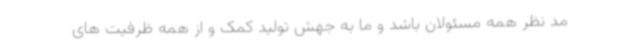
مد نظر همه مسئولان باشد و ما به جهش تولید کمک و از همه ظرفیت های